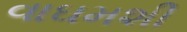
વાઘમશી